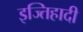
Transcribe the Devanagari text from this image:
इज्तिहादी